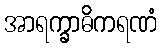
အာရက္ခာဓိကရဏံ